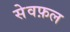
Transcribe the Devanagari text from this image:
सेवफ़ल